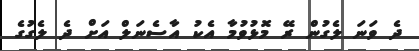
ދެ ވަނަ ލެގުން ރޭ މޮޅުވުމާ އެކު އާސެނަލް އަށް ދެ ލެގުގެ